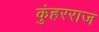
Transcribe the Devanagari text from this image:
कुंहरराज